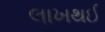
લાખથઈ